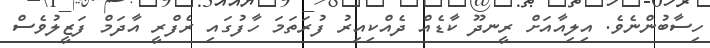
ހިސާބުންނެވެ. އިލިއާއަށް ރީނދޫ ކާޑެއް ދެއްކިއިރު ފުރަތަމަ ހާފުގައި ރެފްރީ އާދަމް ފަޒީލުވެސް